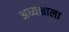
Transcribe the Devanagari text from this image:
अध्यक्षाला